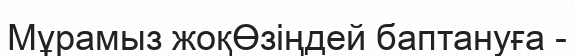
Мұрамыз жоқӨзіңдей баптануға -